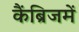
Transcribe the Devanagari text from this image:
कैंब्रिजमें